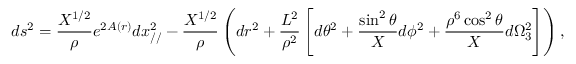
d s ^ { 2 } = \frac { X ^ { 1 / 2 } } { \rho } e ^ { 2 A ( r ) } d x _ { / / } ^ { 2 } - \frac { X ^ { 1 / 2 } } { \rho } \left( d r ^ { 2 } + \frac { L ^ { 2 } } { \rho ^ { 2 } } \left[ d \theta ^ { 2 } + \frac { \sin ^ { 2 } \theta } { X } d \phi ^ { 2 } + \frac { \rho ^ { 6 } \cos ^ { 2 } \theta } { X } d \Omega _ { 3 } ^ { 2 } \right] \right) ,